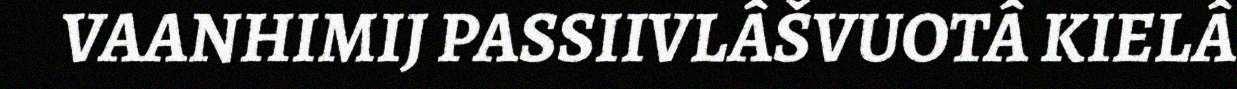
VAANHIMIJ PASSIIVLÂŠVUOTÂ KIELÂ